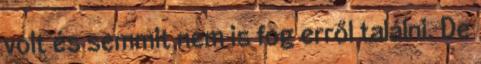
volt és semmit nem is fog erről találni. De